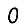
Digit: 0